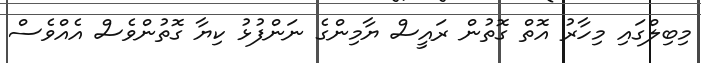
މިބިލްގައި މިހާރު އޮތް ގޮތުން ރައީސް ޔާމިންގެ ނަންފުޅު ކިޔާ ގޮތުންވެސް އެއްވެސް